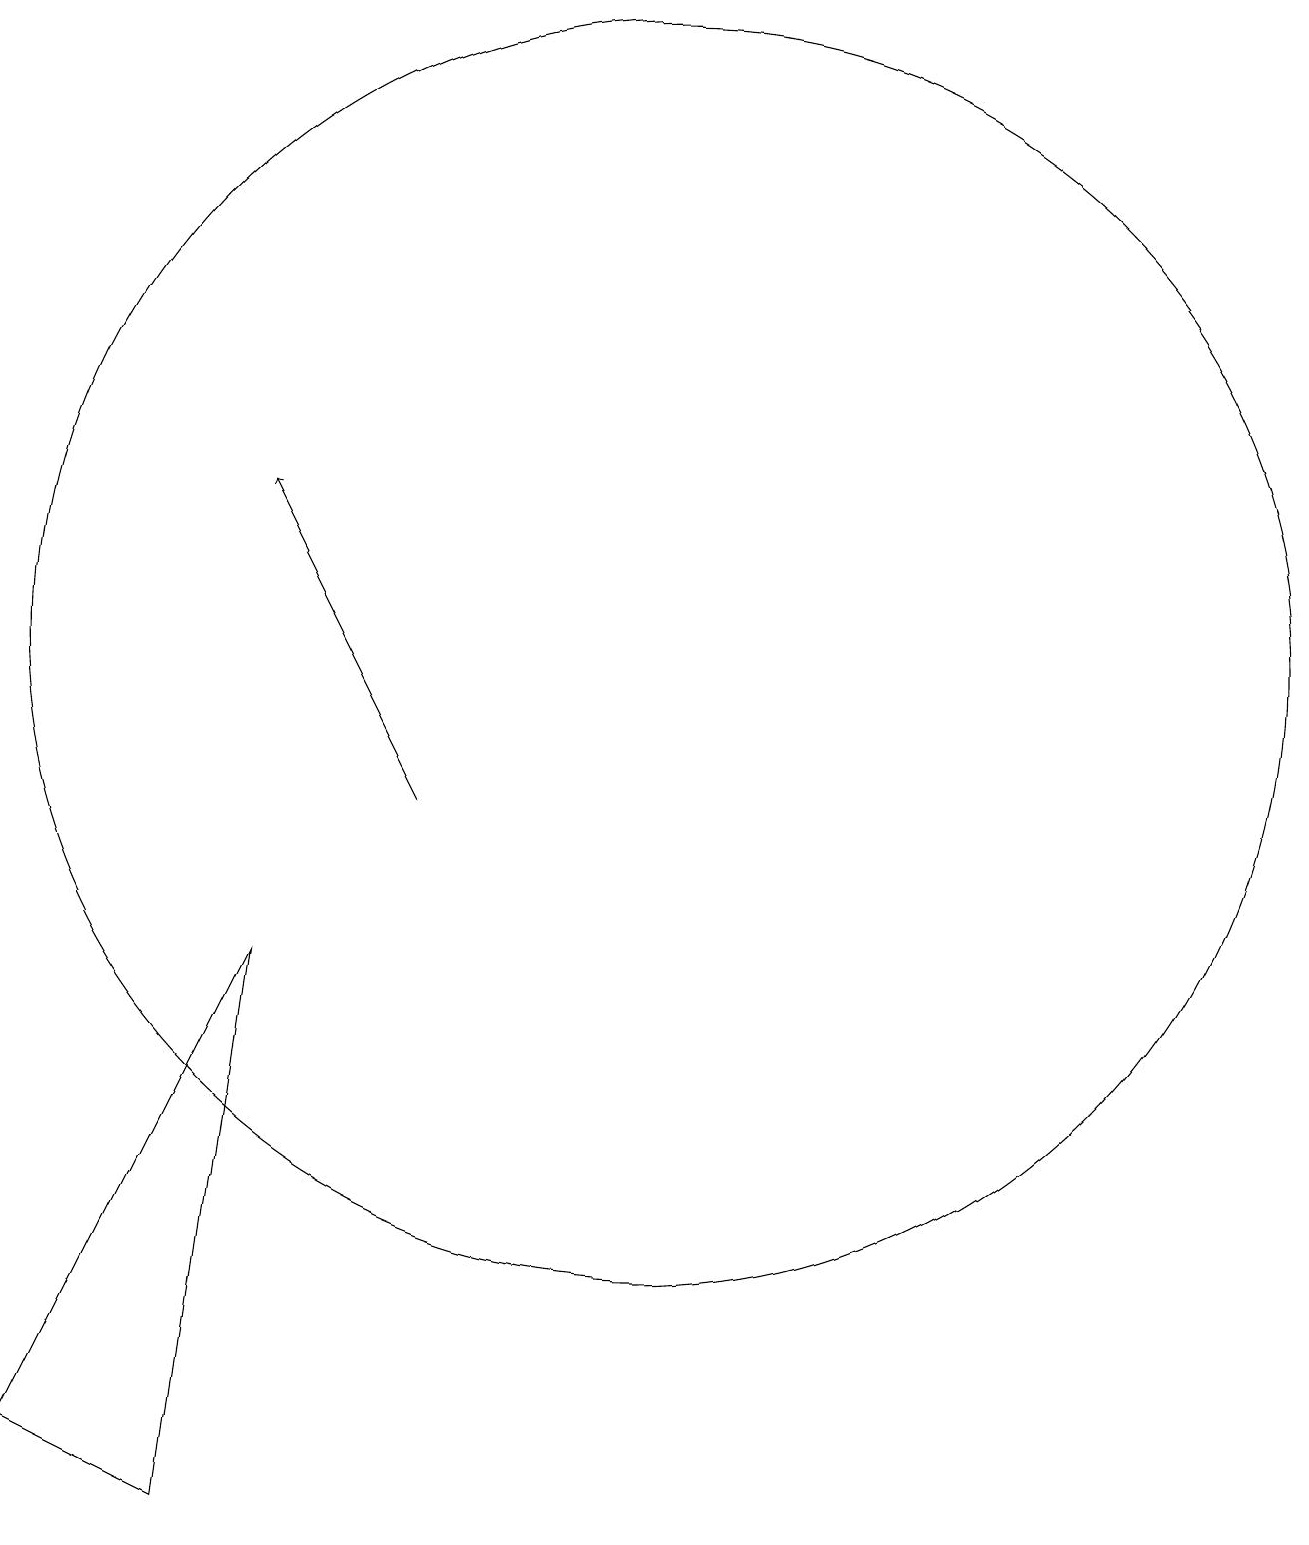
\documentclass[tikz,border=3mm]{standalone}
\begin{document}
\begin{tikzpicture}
\draw (10,12) circle (8);
\draw[->] (7,10) -- (5,14);
\draw (4,1) -- (5,8) -- (2,2) -- cycle;
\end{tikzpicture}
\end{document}